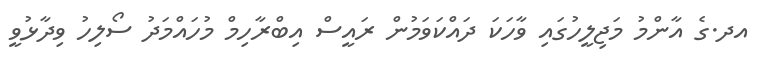
އދ.ގެ އާންމު މަޖިލީހުގައި ވާހަކަ ދައްކަވަމުން ރައީސް އިބްރާހިމް މުހައްމަދު ސޯލިހު ވިދާޅުވީ